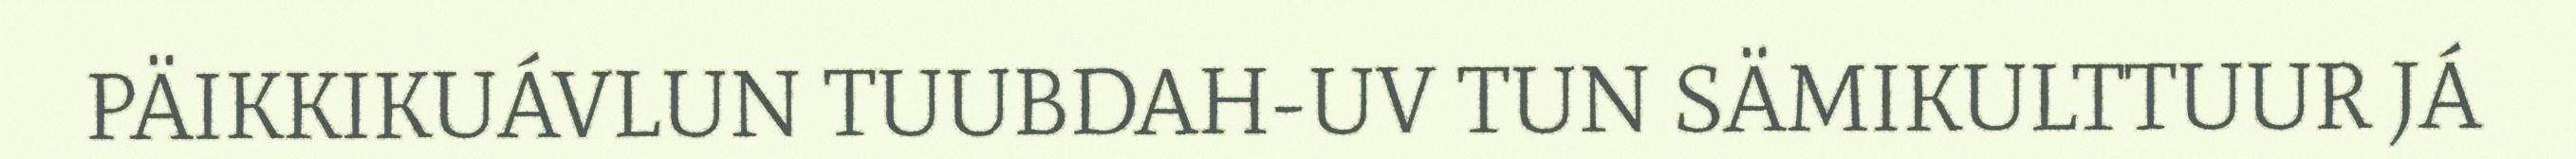
PÄIKKIKUÁVLUN TUUBDAH-UV TUN SÄMIKULTTUUR JÁ